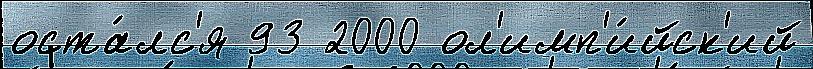
оста́лс'я 93 2000 ол'имп'и́йск'ий